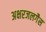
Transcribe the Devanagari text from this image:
अक्षरजलगैस